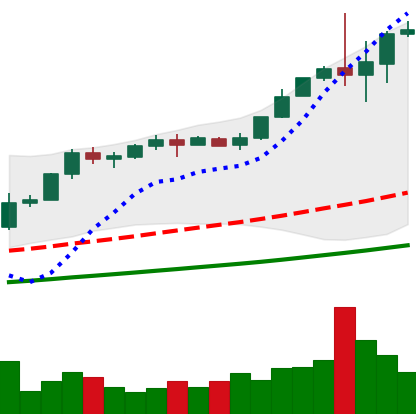
Ticker: BTC-USD
Chart end date: 2017-12-02
Forward return: 61.628%
Label: up_7plus